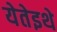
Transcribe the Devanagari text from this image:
येतेइथे